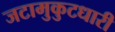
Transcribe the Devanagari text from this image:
जटामुकुटधारी